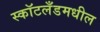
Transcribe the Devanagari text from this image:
स्कॉटलँडमधील